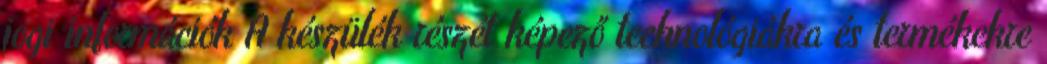
jogi információk A készülék részét képező technológiákra és termékekre